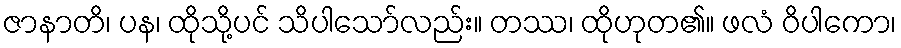
ဇာနာတိ၊ ပန၊ ထိုသို့ပင် သိပါသော်လည်း။ တဿ၊ ထိုဟုတ၏။ ဖလံ ဝိပါကော၊